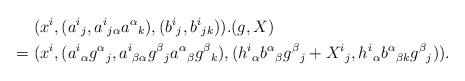
LaTeX: \begin{align*}&\hphantom{{}={}}(x^i,(a^i{}_j,a^i{}_{j\alpha}a^\alpha{}_k),(b^i{}_j,b^i{}_{jk})).(g,X)\\*&=(x^i,(a^i{}_\alpha g^\alpha{}_j,a^i{}_{\beta\alpha}g^\beta{}_ja^\alpha{}_\beta g^\beta{}_k),(h^i{}_\alpha b^\alpha{}_\beta g^\beta{}_j+X^i{}_j,h^i{}_\alpha b^\alpha{}_{\beta k}g^\beta{}_j)).\end{align*}